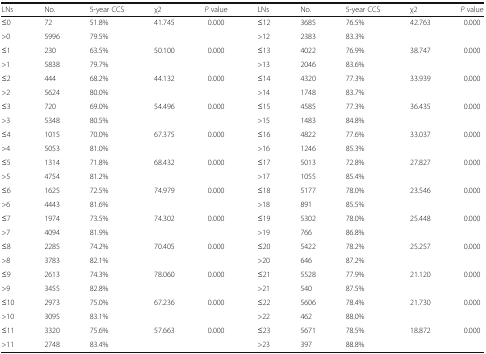
<table><thead><tr><td><b>LNs</b></td><td><b>No.</b></td><td><b>5-year CCS</b></td><td><b>χ2</b></td><td><b><i>P</i> value</b></td><td><b>LNs</b></td><td><b>No.</b></td><td><b>5-year CCS</b></td><td><b>χ2</b></td><td><b><i>P</i> value</b></td></tr></thead><tbody><tr><td>≤0</td><td>72</td><td>51.8%</td><td rowspan="2">41.745</td><td rowspan="2">0.000</td><td>≤12</td><td>3685</td><td>76.5%</td><td rowspan="2">42.763</td><td rowspan="2">0.000</td></tr><tr><td>&gt;0</td><td>5996</td><td>79.5%</td><td>&gt;12</td><td>2383</td><td>83.3%</td></tr><tr><td>≤1</td><td>230</td><td>63.5%</td><td rowspan="2">50.100</td><td rowspan="2">0.000</td><td>≤13</td><td>4022</td><td>76.9%</td><td rowspan="2">38.747</td><td rowspan="2">0.000</td></tr><tr><td>&gt;1</td><td>5838</td><td>79.7%</td><td>&gt;13</td><td>2046</td><td>83.6%</td></tr><tr><td>≤2</td><td>444</td><td>68.2%</td><td rowspan="2">44.132</td><td rowspan="2">0.000</td><td>≤14</td><td>4320</td><td>77.3%</td><td rowspan="2">33.939</td><td rowspan="2">0.000</td></tr><tr><td>&gt;2</td><td>5624</td><td>80.0%</td><td>&gt;14</td><td>1748</td><td>83.7%</td></tr><tr><td>≤3</td><td>720</td><td>69.0%</td><td rowspan="2">54.496</td><td rowspan="2">0.000</td><td>≤15</td><td>4585</td><td>77.3%</td><td rowspan="2">36.435</td><td rowspan="2">0.000</td></tr><tr><td>&gt;3</td><td>5348</td><td>80.5%</td><td>&gt;15</td><td>1483</td><td>84.8%</td></tr><tr><td>≤4</td><td>1015</td><td>70.0%</td><td rowspan="2">67.375</td><td rowspan="2">0.000</td><td>≤16</td><td>4822</td><td>77.6%</td><td rowspan="2">33.037</td><td rowspan="2">0.000</td></tr><tr><td>&gt;4</td><td>5053</td><td>81.0%</td><td>&gt;16</td><td>1246</td><td>85.3%</td></tr><tr><td>≤5</td><td>1314</td><td>71.8%</td><td rowspan="2">68.432</td><td rowspan="2">0.000</td><td>≤17</td><td>5013</td><td>72.8%</td><td rowspan="2">27.827</td><td rowspan="2">0.000</td></tr><tr><td>&gt;5</td><td>4754</td><td>81.2%</td><td>&gt;17</td><td>1055</td><td>85.4%</td></tr><tr><td>≤6</td><td>1625</td><td>72.5%</td><td rowspan="2">74.979</td><td rowspan="2">0.000</td><td>≤18</td><td>5177</td><td>78.0%</td><td rowspan="2">23.546</td><td rowspan="2">0.000</td></tr><tr><td>&gt;6</td><td>4443</td><td>81.6%</td><td>&gt;18</td><td>891</td><td>85.5%</td></tr><tr><td>≤7</td><td>1974</td><td>73.5%</td><td rowspan="2">74.302</td><td rowspan="2">0.000</td><td>≤19</td><td>5302</td><td>78.0%</td><td rowspan="2">25.448</td><td rowspan="2">0.000</td></tr><tr><td>&gt;7</td><td>4094</td><td>81.9%</td><td>&gt;19</td><td>766</td><td>86.8%</td></tr><tr><td>≤8</td><td>2285</td><td>74.2%</td><td rowspan="2">70.405</td><td rowspan="2">0.000</td><td>≤20</td><td>5422</td><td>78.2%</td><td rowspan="2">25.257</td><td rowspan="2">0.000</td></tr><tr><td>&gt;8</td><td>3783</td><td>82.1%</td><td>&gt;20</td><td>646</td><td>87.2%</td></tr><tr><td>≤9</td><td>2613</td><td>74.3%</td><td rowspan="2">78.060</td><td rowspan="2">0.000</td><td>≤21</td><td>5528</td><td>77.9%</td><td rowspan="2">21.120</td><td rowspan="2">0.000</td></tr><tr><td>&gt;9</td><td>3455</td><td>82.8%</td><td>&gt;21</td><td>540</td><td>87.5%</td></tr><tr><td>≤10</td><td>2973</td><td>75.0%</td><td rowspan="2">67.236</td><td rowspan="2">0.000</td><td>≤22</td><td>5606</td><td>78.4%</td><td rowspan="2">21.730</td><td rowspan="2">0.000</td></tr><tr><td>&gt;10</td><td>3095</td><td>83.1%</td><td>&gt;22</td><td>462</td><td>88.0%</td></tr><tr><td>≤11</td><td>3320</td><td>75.6%</td><td rowspan="2">57.663</td><td rowspan="2">0.000</td><td>≤23</td><td>5671</td><td>78.5%</td><td rowspan="2">18.872</td><td rowspan="2">0.000</td></tr><tr><td>&gt;11</td><td>2748</td><td>83.4%</td><td>&gt;23</td><td>397</td><td>88.8%</td></tr></tbody></table>